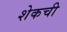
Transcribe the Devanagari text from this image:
शेकची